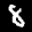
Label: 8